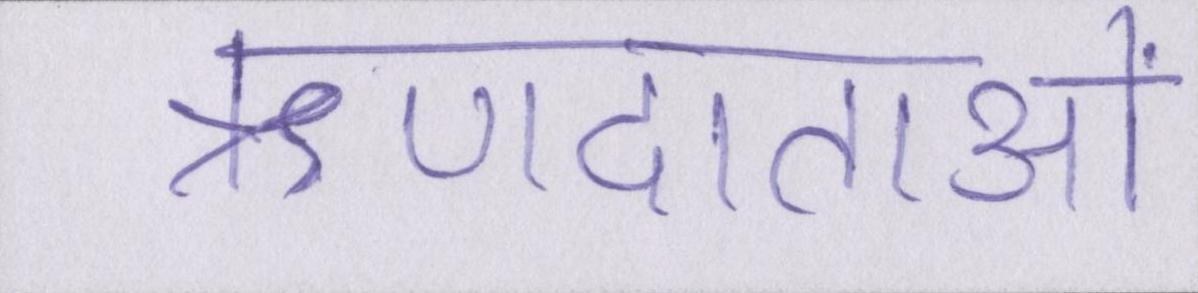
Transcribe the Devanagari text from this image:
ऋणदाताओं